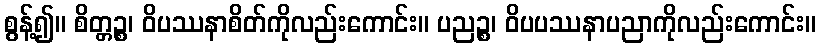
စွန့်၍။ စိတ္တဉ္စ၊ ဝိပဿနာစိတ်ကိုလည်းကောင်း။ ပညဉ္စ၊ ဝိပပဿနာပညာကိုလည်းကောင်း။